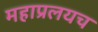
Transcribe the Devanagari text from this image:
महाप्रलयच